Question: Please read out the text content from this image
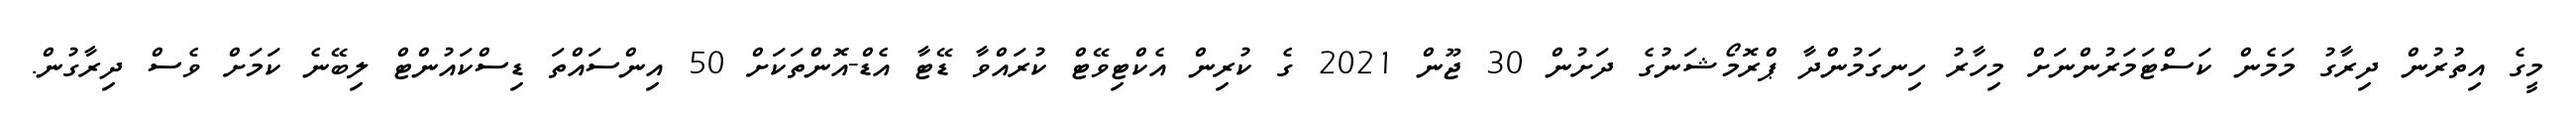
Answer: މީގެ އިތުރުން ދިރާގު މަމެން ކަސްޓަމަރުންނަށް މިހާރު ހިނގަމުންދާ ޕްރޮމޯޝަނުގެ ދަށުން 30 ޖޫން 2021 ގެ ކުރިން އެކްޓިވޭޓް ކުރައްވާ ޑޭޓާ އެޑް-އޮންތަކަށް 50 އިންސައްތަ ޑިސްކައުންޓް ލިބޭނެ ކަމަށް ވެސް ދިރާގުން.